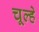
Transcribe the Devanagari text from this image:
चूल्‍हे